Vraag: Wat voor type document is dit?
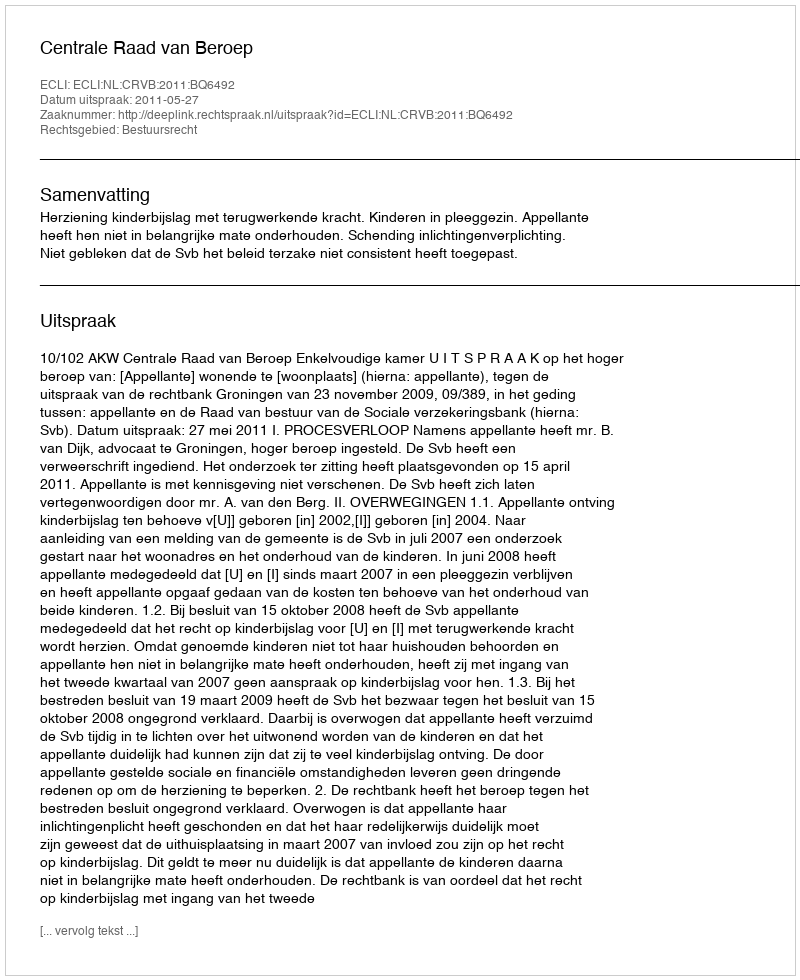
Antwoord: Uitspraak